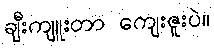
ချီးကျူးတာ ကျေးဇူးပဲ။